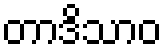
တာဒိသာဝ